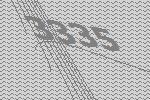
3335